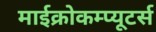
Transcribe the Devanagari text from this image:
माईक्रोकम्प्यूटर्स